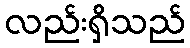
လည်းရှိသည်